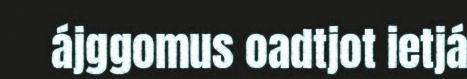
ájggomus oadtjot ietjá